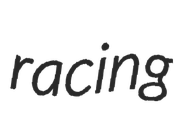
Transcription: racing